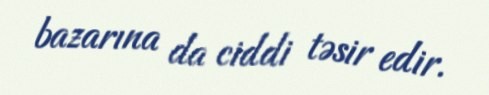
bazarına da ciddi təsir edir.